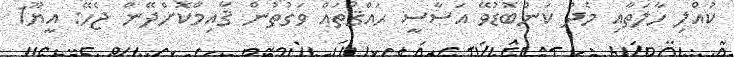
ކުއްލި ހާލަތާއި މެދު ކަންބޮޑުވޭ އަސާސީ ޙައްޤުތައް ވަގުތުން ޤާއިމްކޮށްދޭން ޖެހޭ: އީޔޫ1